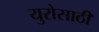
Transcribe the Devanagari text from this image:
युरोसाठी